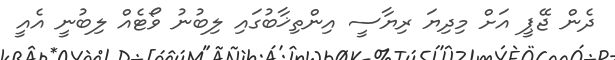
ދެން ޖޭޕީ އަށް މިދިޔަ ރިޔާސީ އިންތިޚާބުގައި ލިބުނު ވޯޓެއް ލިބުނީ އެއީ